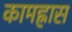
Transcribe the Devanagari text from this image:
कामह्रास